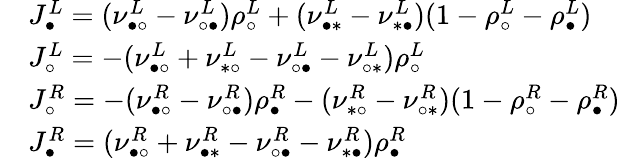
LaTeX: \begin{array}{rl}&{J_{\bullet}^{L}=(\nu_{\bullet\circ}^{L}-\nu_{\circ\bullet}^{L})\rho_{\circ}^{L}+(\nu_{\bullet\ast}^{L}-\nu_{\ast\bullet}^{L})(1-\rho_{\circ}^{L}-\rho_{\bullet}^{L})}\\ &{J_{\circ}^{L}=-(\nu_{\bullet\circ}^{L}+\nu_{\ast\circ}^{L}-\nu_{\circ\bullet}^{L}-\nu_{\circ\ast}^{L})\rho_{\circ}^{L}}\\ &{J_{\circ}^{R}=-(\nu_{\bullet\circ}^{R}-\nu_{\circ\bullet}^{R})\rho_{\bullet}^{R}-(\nu_{\ast\circ}^{R}-\nu_{\circ\ast}^{R})(1-\rho_{\circ}^{R}-\rho_{\bullet}^{R})}\\ &{J_{\bullet}^{R}=(\nu_{\bullet\circ}^{R}+\nu_{\bullet\ast}^{R}-\nu_{\circ\bullet}^{R}-\nu_{\ast\bullet}^{R})\rho_{\bullet}^{R}}\end{array}